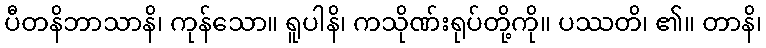
ပီတနိဘာသာနိ၊ ကုန်သော။ ရူပါနိ၊ ကသိုဏ်းရုပ်တို့ကို။ ပဿတိ၊ ၏။ တာနိ၊